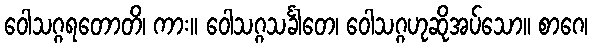
ဝေါသဂ္ဂရတောတိ၊ ကား။ ဝေါသဂ္ဂသင်္ခါတေ၊ ဝေါသဂ္ဂဟုဆိုအပ်သော။ စာဂေ၊